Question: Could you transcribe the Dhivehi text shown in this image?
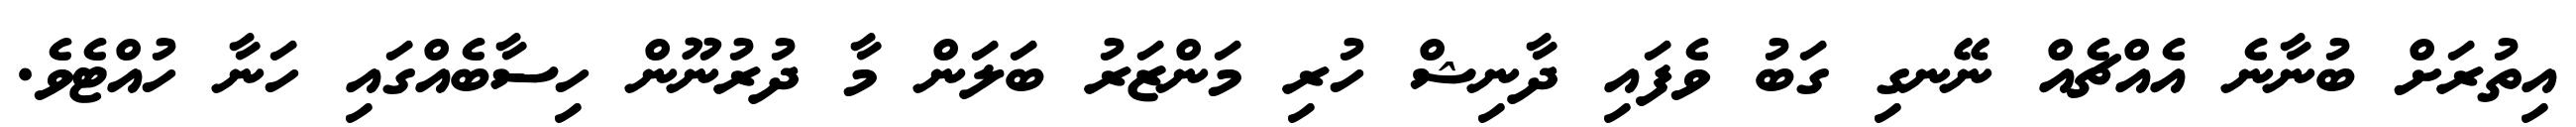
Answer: އިތުރަށް ބުނާނެ އެއްޗެއް ނޭނގި ގަބު ވެފައި ދާނިޝް ހުރި މަންޒަރު ބަލަން މާ ދުރުނޫން ހިސާބެއްގައި ހަނާ ހުއްޓެވެ.